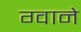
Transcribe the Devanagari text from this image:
ग्वाने